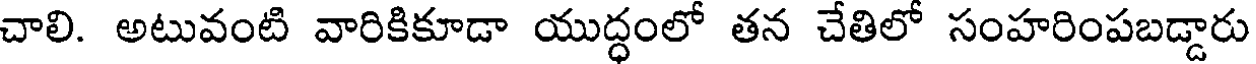
చాలి. అటువంటి వారికికూడా యుద్ధంలో తన చేతిలో సంహరింపబడ్డారు